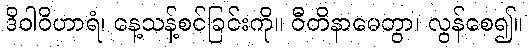
ဒိဝါဝိဟာရံ၊ နေ့သန့်စင်ခြင်းကို။ ဝီတိနာမေတွာ၊ လွန်စေ၍။